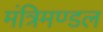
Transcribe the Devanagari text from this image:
मंत्रिमण्‍डल